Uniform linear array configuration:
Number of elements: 64
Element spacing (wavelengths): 0.5
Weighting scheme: blackman
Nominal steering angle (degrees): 45
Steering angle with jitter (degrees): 43.274
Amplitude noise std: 0.05
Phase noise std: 0.05

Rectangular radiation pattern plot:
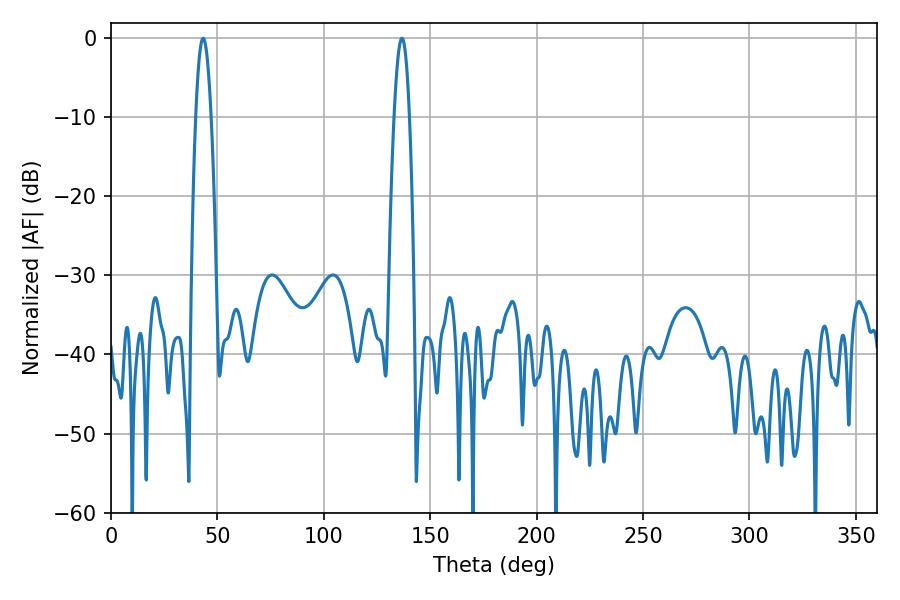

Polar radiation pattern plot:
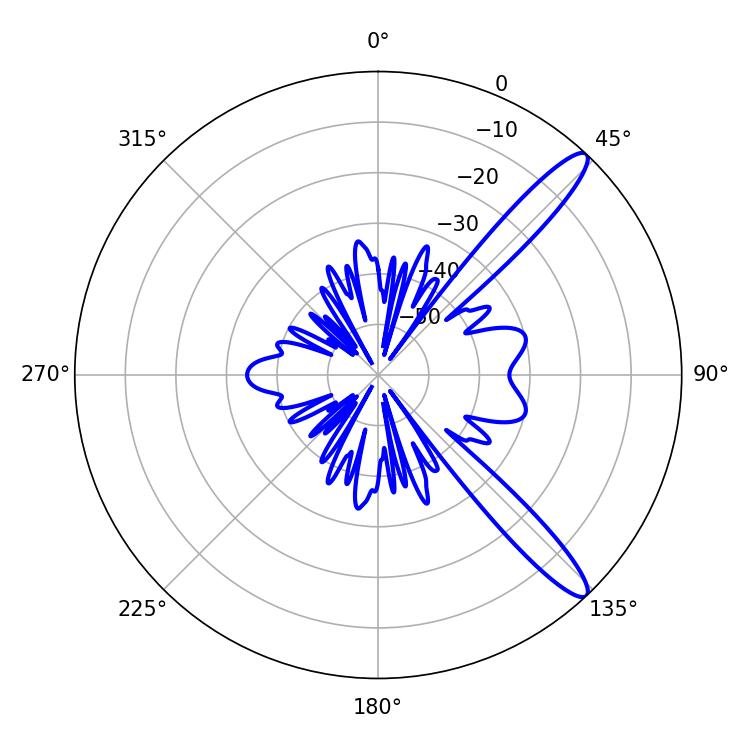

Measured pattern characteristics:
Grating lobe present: FALSE
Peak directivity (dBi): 12.854
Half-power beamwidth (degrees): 3.96
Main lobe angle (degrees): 43.38